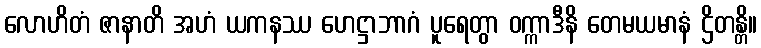
လောဟိတံ ဇာနာတိ အဟံ ယကနဿ ဟေဋ္ဌာဘာဂံ ပူရေတွာ ဝက္ကာဒီနိ တေမယမာနံ ဌိတန္တိ။